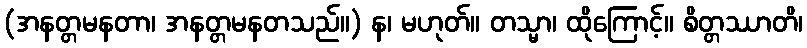
(အနတ္တမနတာ၊ အနတ္တမနတသည်။) န၊ မဟုတ်။ တသ္မာ၊ ထိုကြောင့်။ စိတ္တဿာတိ၊